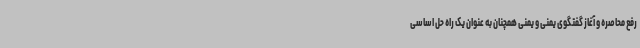
رفع محاصره و آغاز گفتگوی یمنی و یمنی همچنان به عنوان یک راه حل اساسی